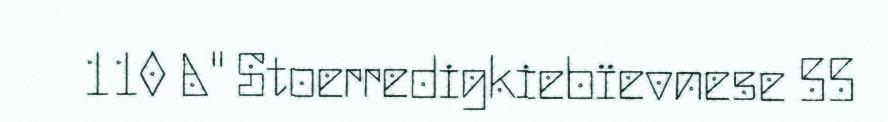
110 A" Stoerredigkiebïevnese 55